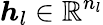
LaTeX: \boldsymbol{h}_{l}\in\mathbb{R}^{n_{l}}